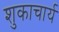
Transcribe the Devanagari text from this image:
शुकाचार्य